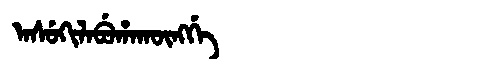
Manchu: ᠠᠰᡠᡴᡳᠯᠠᠪᡠᡥᠠᡴᡡᠩᡤᡝ
Romanization: ASUKILABUHAKŪNGGE